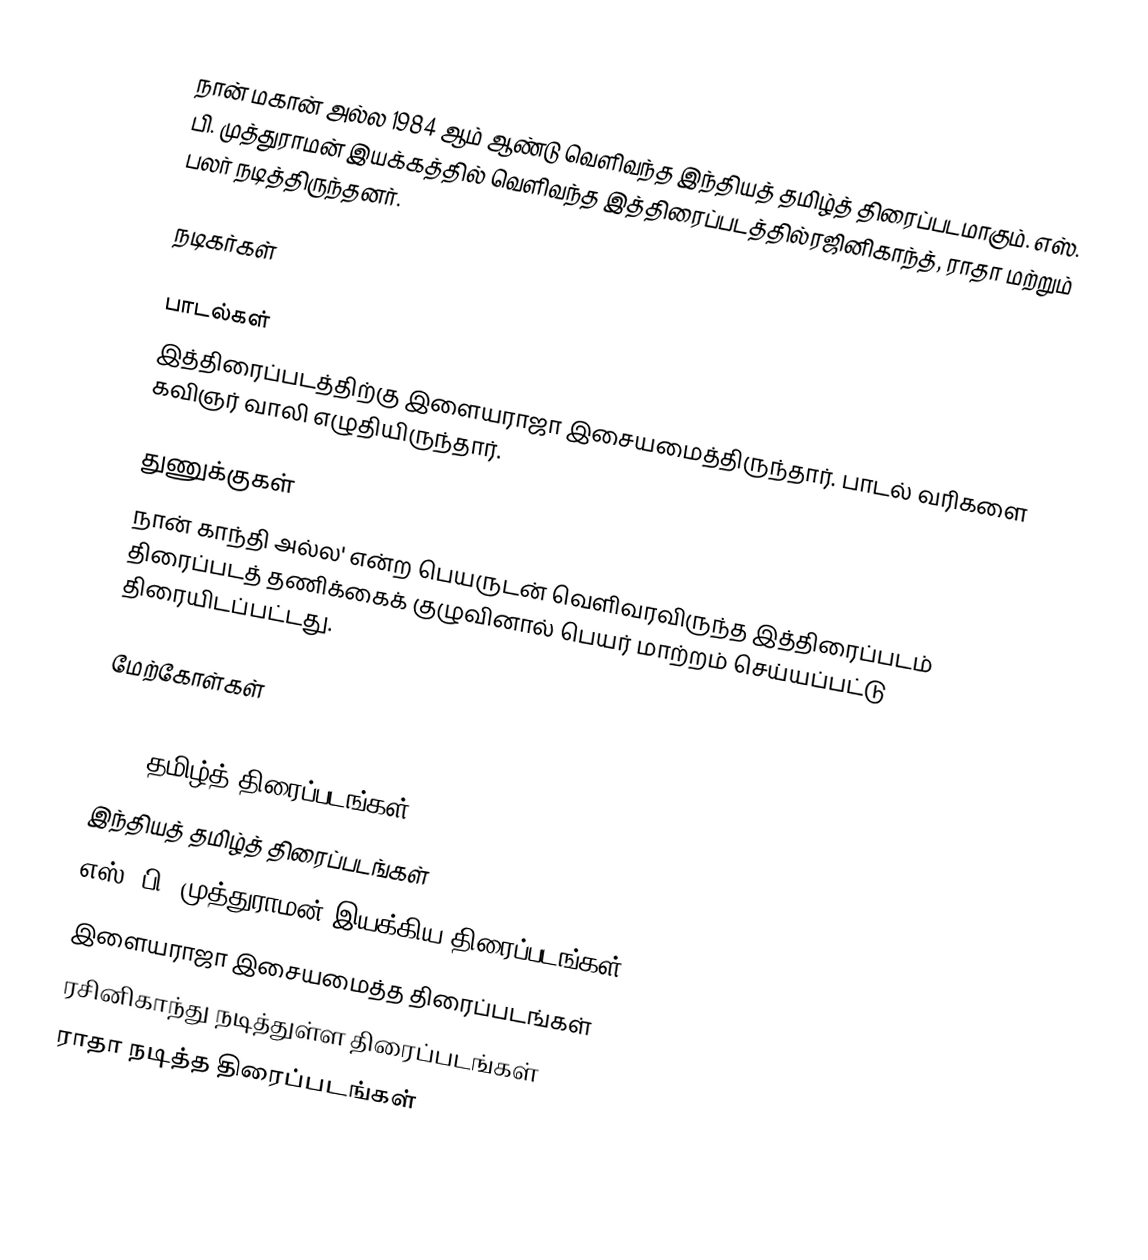
நான் மகான் அல்ல 1984 ஆம் ஆண்டு வெளிவந்த இந்தியத் தமிழ்த் திரைப்படமாகும். எஸ். பி. முத்துராமன் இயக்கத்தில் வெளிவந்த இத்திரைப்படத்தில்ரஜினிகாந்த், ராதா மற்றும் பலர் நடித்திருந்தனர்.

நடிகர்கள்

பாடல்கள்
இத்திரைப்படத்திற்கு இளையராஜா இசையமைத்திருந்தார். பாடல் வரிகளை கவிஞர் வாலி எழுதியிருந்தார்.

துணுக்குகள்
நான் காந்தி அல்ல' என்ற பெயருடன் வெளிவரவிருந்த இத்திரைப்படம் திரைப்படத் தணிக்கைக் குழுவினால் பெயர் மாற்றம் செய்யப்பட்டு திரையிடப்பட்டது.

மேற்கோள்கள்

1984 தமிழ்த் திரைப்படங்கள்
இந்தியத் தமிழ்த் திரைப்படங்கள்
எஸ். பி. முத்துராமன் இயக்கிய திரைப்படங்கள்
இளையராஜா இசையமைத்த திரைப்படங்கள்
ரசினிகாந்து நடித்துள்ள திரைப்படங்கள்
ராதா நடித்த திரைப்படங்கள்